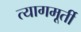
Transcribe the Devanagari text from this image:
त्यागमूर्ती